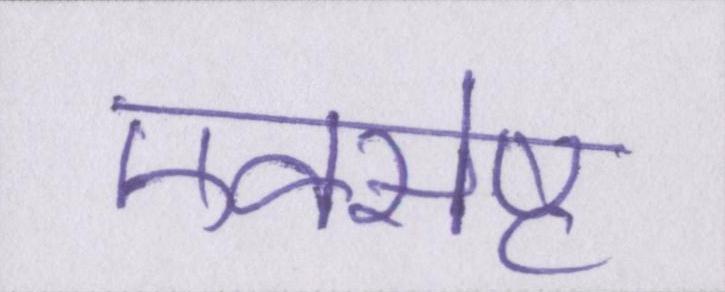
एक्सेप्ट